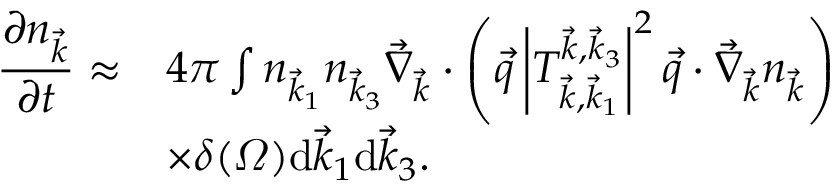
\begin{array} { r l } { \displaystyle \frac { \partial n _ { \vec { k } } } { \partial t } \approx } & { 4 \pi \int n _ { \vec { k } _ { 1 } } n _ { \vec { k } _ { 3 } } \vec { \nabla } _ { \vec { k } } \cdot \left( \vec { q } \left| T _ { \vec { k } , \vec { k } _ { 1 } } ^ { \vec { k } , \vec { k } _ { 3 } } \right| ^ { 2 } \vec { q } \cdot \vec { \nabla } _ { \vec { k } } n _ { \vec { k } } \right) } \\ { \displaystyle } & { \times \delta ( \varOmega ) \mathrm d \vec { k } _ { 1 } \mathrm d \vec { k } _ { 3 } . } \end{array}